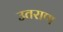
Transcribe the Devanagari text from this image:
उतराण